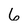
Character: 6